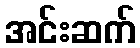
အင်းဆက်